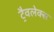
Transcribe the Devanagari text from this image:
ट्रैवलेक्स